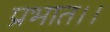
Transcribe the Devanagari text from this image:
प्रभात।।